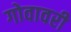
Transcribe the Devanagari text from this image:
गोवावरी